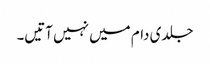
جلدی دام میں نہیں آتیں۔